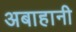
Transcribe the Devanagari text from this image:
अबाहानी